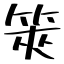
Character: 筴